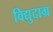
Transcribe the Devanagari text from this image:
विद्युदाग्र